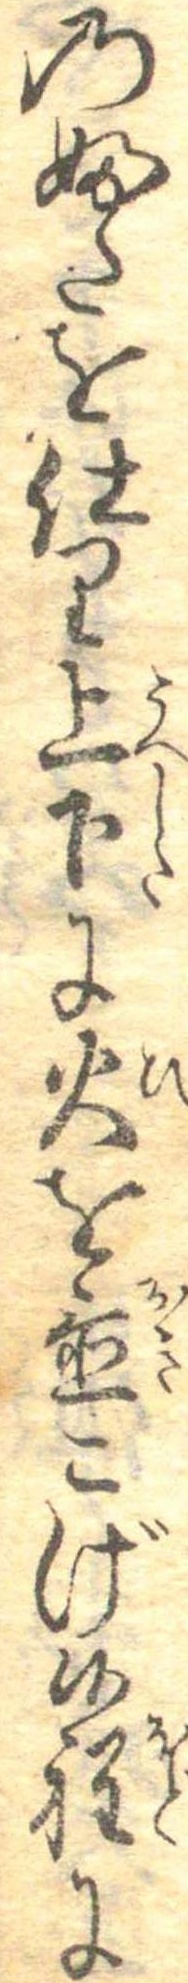
のふたを仕り上下に火を置こげ候程に